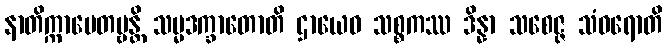
နာတိက္ကာမေတဗ္ဗန္တိ သမ္မဒက္ခာတောတိ ဌာယေဝ သစ္စကဿ ဒိန္နာ သစေဇ္ဇ သံဝရောတိ